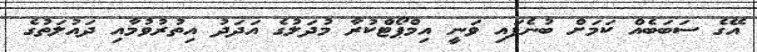
އޭގެ ސަބަބެއް ކަމަށް ބުނެފައި ވަނީ އިމްޕޯޓްކުރާ މުދަލުގެ އަދަދު އިތުރުވުމާއި ދައުލަތުގެ